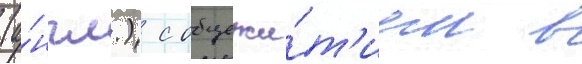
(а́нгл.) с общежи́т'ием в